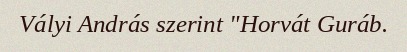
Vályi András szerint "Horvát Guráb.